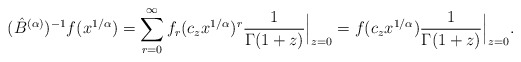
\begin{align*}(\hat{B}^{(\alpha)})^{-1}f(x^{1/\alpha}) = \sum_{r=0}^{\infty} f_{r} (c_{z} x^{1/\alpha})^{r} \frac{1}{\Gamma(1+z)}\Big\vert_{z=0} = f(c_z x^{1/\alpha}) \frac{1}{\Gamma(1+z)}\Big\vert_{z=0}.\end{align*}